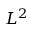
L ^ { 2 }